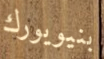
بنيويورك